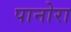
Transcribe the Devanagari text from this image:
पानोरा